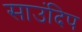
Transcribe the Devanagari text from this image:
साउंदिप